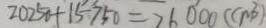
2 0 2 5 0 + 1 5 7 5 0 = 7 6 0 0 0 ( c m ^ { 3 } )